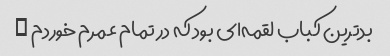
بدترین کباب لقمه‌ای بود که در تمام عمرم خوردم …